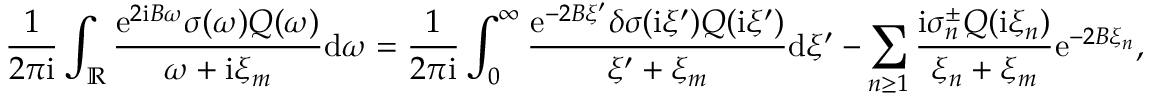
\frac { 1 } { 2 \pi \mathrm { i } } \int _ { \mathbb { R } } \frac { \mathrm { e } ^ { 2 \mathrm { i } B \omega } \sigma ( \omega ) Q ( \omega ) } { \omega + \mathrm { i } \xi _ { m } } \mathrm { d } \omega = \frac { 1 } { 2 \pi \mathrm { i } } \int _ { 0 } ^ { \infty } \frac { \mathrm { e } ^ { - 2 B \xi ^ { \prime } } \delta \sigma ( \mathrm { i } \xi ^ { \prime } ) Q ( \mathrm { i } \xi ^ { \prime } ) } { \xi ^ { \prime } + \xi _ { m } } \mathrm { d } \xi ^ { \prime } - \sum _ { n \ge 1 } \frac { \mathrm { i } \sigma _ { n } ^ { \pm } Q ( \mathrm { i } \xi _ { n } ) } { \xi _ { n } + \xi _ { m } } \mathrm { e } ^ { - 2 B \xi _ { n } } ,